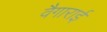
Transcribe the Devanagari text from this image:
वैगाराई